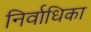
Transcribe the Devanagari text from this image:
निर्वाधिका